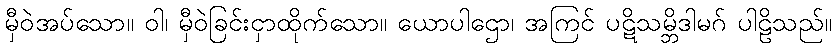
မှီဝဲအပ်သော။ ဝါ၊ မှီဝဲခြင်းငှာထိုက်သော။ ယောပါဌော၊ အကြင် ပဋိသမ္ဘိဒါမဂ် ပါဠိသည်။